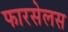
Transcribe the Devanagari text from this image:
फारसेलस